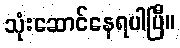
သုံးဆောင်နေရပါပြီ။